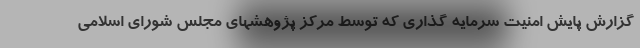
گزارش پایش امنیت سرمایه گذاری که توسط مرکز پژوهشهای مجلس شورای اسلامی